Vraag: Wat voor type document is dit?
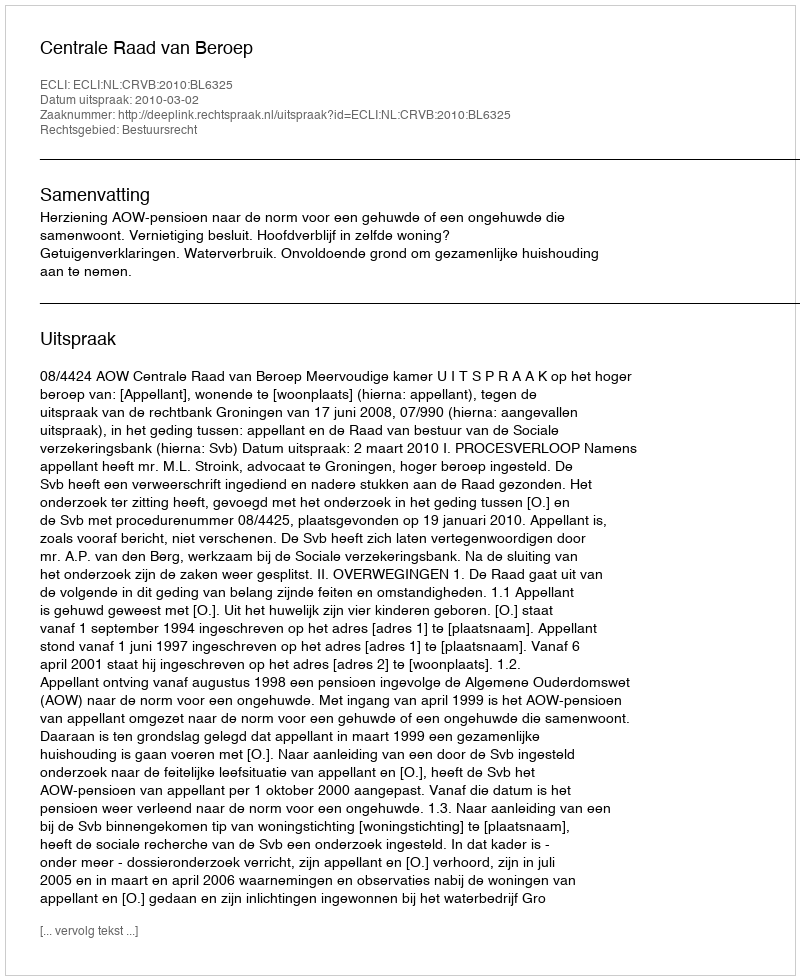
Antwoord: Uitspraak